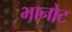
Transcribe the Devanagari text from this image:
भानोट